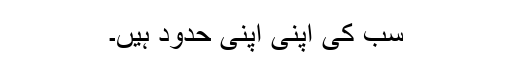
سب کی اپنی اپنی حدود ہیں۔